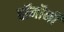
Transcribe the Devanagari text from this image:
हॉर्मोनी